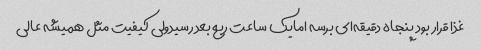
غذا قرار بود پنجاه دقیقه‌ای برسه امایک ساعت ربع بعد رسیدولی کیفیت مثل همیشه عالی